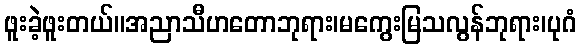
ဖူးခဲ့ဖူးတယ်။အညာသီဟတောဘုရား၊မကွေးမြသလွန်ဘုရား၊ပုဂံ